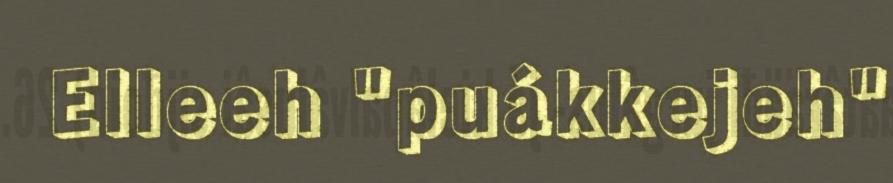
Elleeh "puákkejeh"